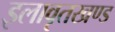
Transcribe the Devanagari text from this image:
इलावृतखण्ड